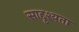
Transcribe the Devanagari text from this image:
साद्दृश्यता